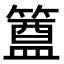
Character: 𮆊